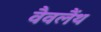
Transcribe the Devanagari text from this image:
वैवलैंथ